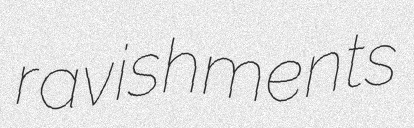
ravishments